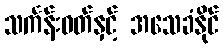
သင်္ကန်းဝတ်နှင့် အသေခံနိုင်